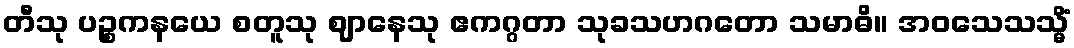
တီသု ပဉ္စကနယေ စတူသု ဈာနေသု ဧကဂ္ဂတာ သုခသဟဂတော သမာဓိ။ အဝသေသသ္မိံ